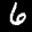
Label: 6